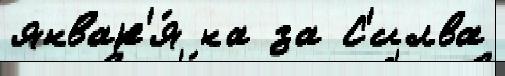
январ'я́ на за С'илва